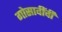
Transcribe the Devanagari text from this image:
गोसावींची